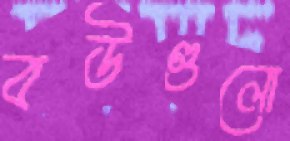
বউগুলো